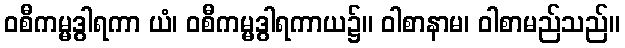
ဝစီကမ္မဒွါရကာ ယံ၊ ဝစီကမ္မဒွါရကာယ၌။ ဝါစာနာမ၊ ဝါစာမည်သည်။